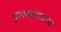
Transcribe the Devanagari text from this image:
पुरस्काराचाच